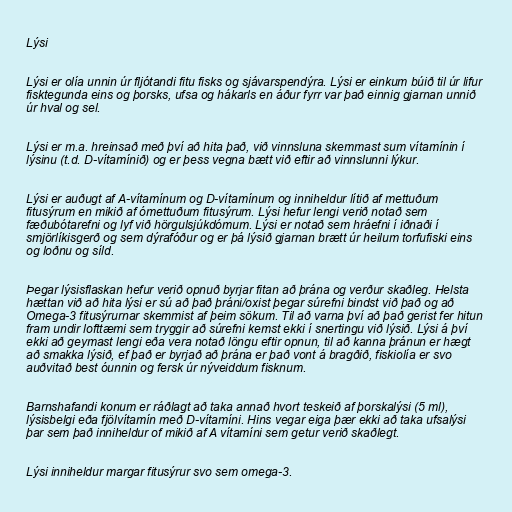
Lýsi

Lýsi er olía unnin úr fljótandi fitu fisks og sjávarspendýra. Lýsi er einkum búið til úr lifur
fisktegunda eins og þorsks, ufsa og hákarls en áður fyrr var það einnig gjarnan unnið
úr hval og sel.

Lýsi er m.a. hreinsað með því að hita það, við vinnsluna skemmast sum vítamínin í
lýsinu (t.d. D-vítamínið) og er þess vegna bætt við eftir að vinnslunni lýkur.

Lýsi er auðugt af A-vítamínum og D-vítamínum og inniheldur lítið af mettuðum
fitusýrum en mikið af ómettuðum fitusýrum. Lýsi hefur lengi verið notað sem
fæðubótarefni og lyf við hörgulsjúkdómum. Lýsi er notað sem hráefni í iðnaði í
smjörlíkisgerð og sem dýrafóður og er þá lýsið gjarnan brætt úr heilum torfufiski eins
og loðnu og síld.

Þegar lýsisflaskan hefur verið opnuð byrjar fitan að þrána og verður skaðleg. Helsta
hættan við að hita lýsi er sú að það þráni/oxist þegar súrefni bindst við það og að
Omega-3 fitusýrurnar skemmist af þeim sökum. Til að varna því að það gerist fer hitun
fram undir lofttæmi sem tryggir að súrefni kemst ekki í snertingu við lýsið. Lýsi á því
ekki að geymast lengi eða vera notað löngu eftir opnun, til að kanna þránun er hægt
að smakka lýsið, ef það er byrjað að þrána er það vont á bragðið, fiskiolía er svo
auðvitað best óunnin og fersk úr nýveiddum fisknum.

Barnshafandi konum er ráðlagt að taka annað hvort teskeið af þorskalýsi (5 ml),
lýsisbelgi eða fjölvítamín með D-vítamíni. Hins vegar eiga þær ekki að taka ufsalýsi
þar sem það inniheldur of mikið af A vítamíni sem getur verið skaðlegt.

Lýsi inniheldur margar fitusýrur svo sem omega-3.